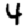
Digit: 4